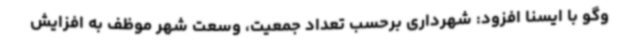
وگو با ایسنا افزود: شهرداری برحسب تعداد جمعیت، وسعت شهر موظف به افزایش